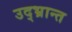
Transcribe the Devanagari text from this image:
उद्‌भ्रान्त